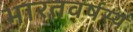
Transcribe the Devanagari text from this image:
भारतवर्षस्य